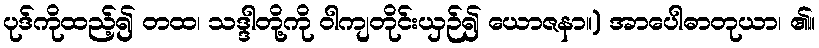
ပုဒ်ကိုထည့်၍ တထ၊ သဒ္ဒါတို့ကို ဝါကျတိုင်းယှဉ်၍ ယောဇနာ။) အာပေါဓာတုယာ၊ ၏။